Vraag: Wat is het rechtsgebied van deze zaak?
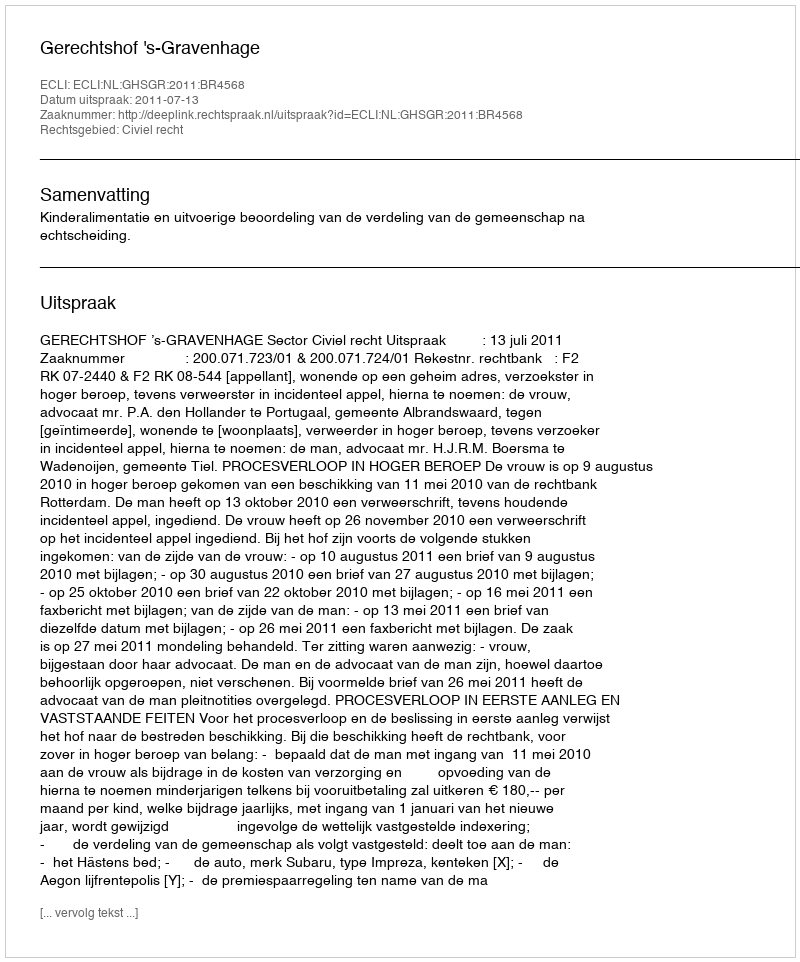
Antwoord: Civiel recht